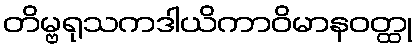
တိမ္ဗရုသကဒါယိကာဝိမာနဝတ္ထု